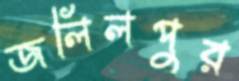
জলিলপুর